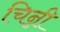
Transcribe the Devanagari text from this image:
चिन्नी